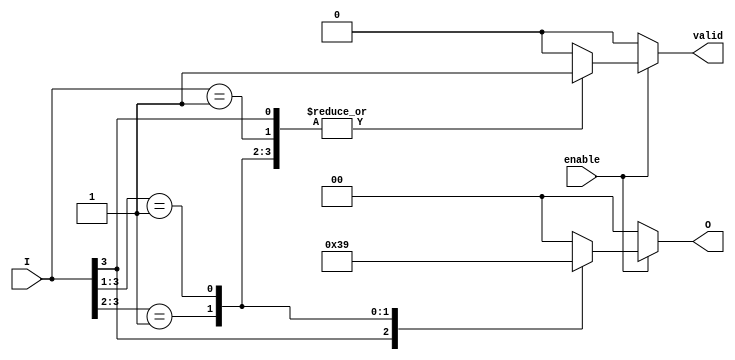
module priority_encoder (
    input  wire [n-1:0] I,    // n input lines
    input  wire enable,        // Enable signal
    output reg [m-1:0] O,      // m output lines
    output reg valid           // Output valid signal
);
    parameter n = 4;           // Number of inputs
    parameter m = 2;           // Number of bits for output (2 bits can represent indexes 0 to 3)

    always @(*) begin
        if (!enable) begin
            O = {m{1'b0}};     // If not enabled, output is 0
            valid = 1'b0;      // Not valid
        end else begin
            casez (I)            // Use casez to don't care about low inputs
                4'b1???: begin O = 2'b11; valid = 1'b1; end // I[3] active
                4'b01??: begin O = 2'b10; valid = 1'b1; end // I[2] active
                4'b001?: begin O = 2'b01; valid = 1'b1; end // I[1] active
                4'b0001: begin O = 2'b00; valid = 1'b1; end // I[0] active
                default: begin O = {m{1'b0}}; valid = 1'b0; end // No active input
            endcase
        end
    end
endmodule